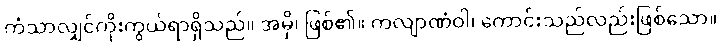
ကံသာလျှင်ကိုးကွယ်ရာရှိသည်။ အမှိ၊ ဖြစ်၏။ ကလျာဏံဝါ၊ ကောင်းသည်လည်းဖြစ်သော။